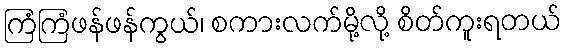
ကြံကြံဖန်ဖန်ကွယ်၊ စကားလက်မို့လို့ စိတ်ကူးရတယ်